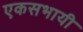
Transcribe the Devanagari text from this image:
एकसभायी